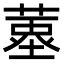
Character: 𦹆